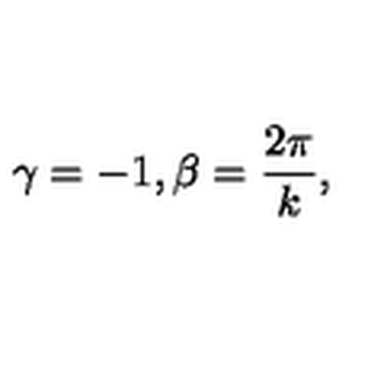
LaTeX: \gamma = - 1 , \beta = \frac { 2 \pi } k ,